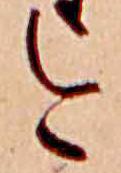
今